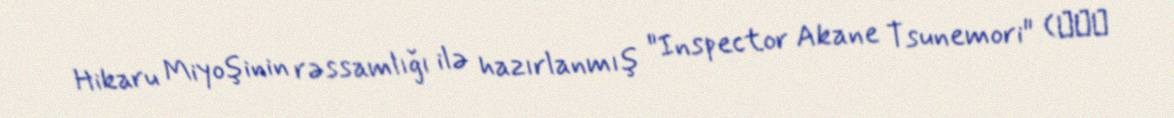
Hikaru Miyoşinin rəssamlığı ilə hazırlanmış "Inspector Akane Tsunemori" (監視官